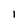
Character: I